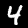
Label: 4